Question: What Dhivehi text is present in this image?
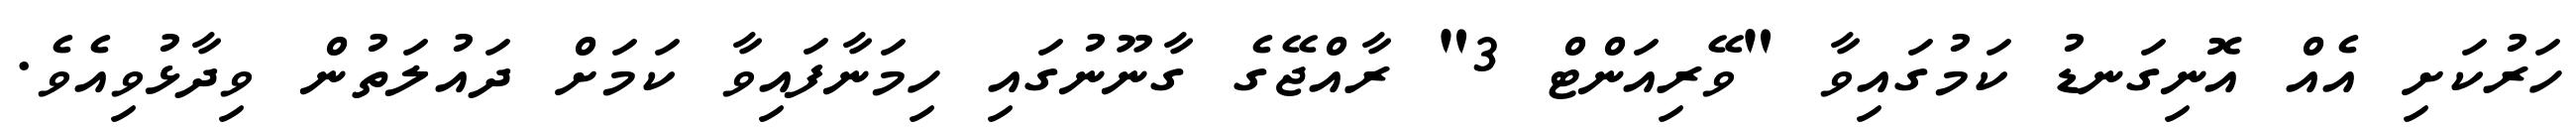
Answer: ހަރުކަށި އެއް އޮނިގަނޑު ކަމުގައިވާ "ވޭރިއަންޓް 3" ރާއްޖޭގެ ގާނޫނުގައި ހިމަނާފައިވާ ކަމަށް ދައުލަތުން ވިދާޅުވިއެވެ.